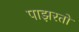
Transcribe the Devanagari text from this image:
पाझरतो